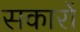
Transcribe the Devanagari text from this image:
सकारों